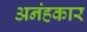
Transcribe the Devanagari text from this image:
अनंहकार